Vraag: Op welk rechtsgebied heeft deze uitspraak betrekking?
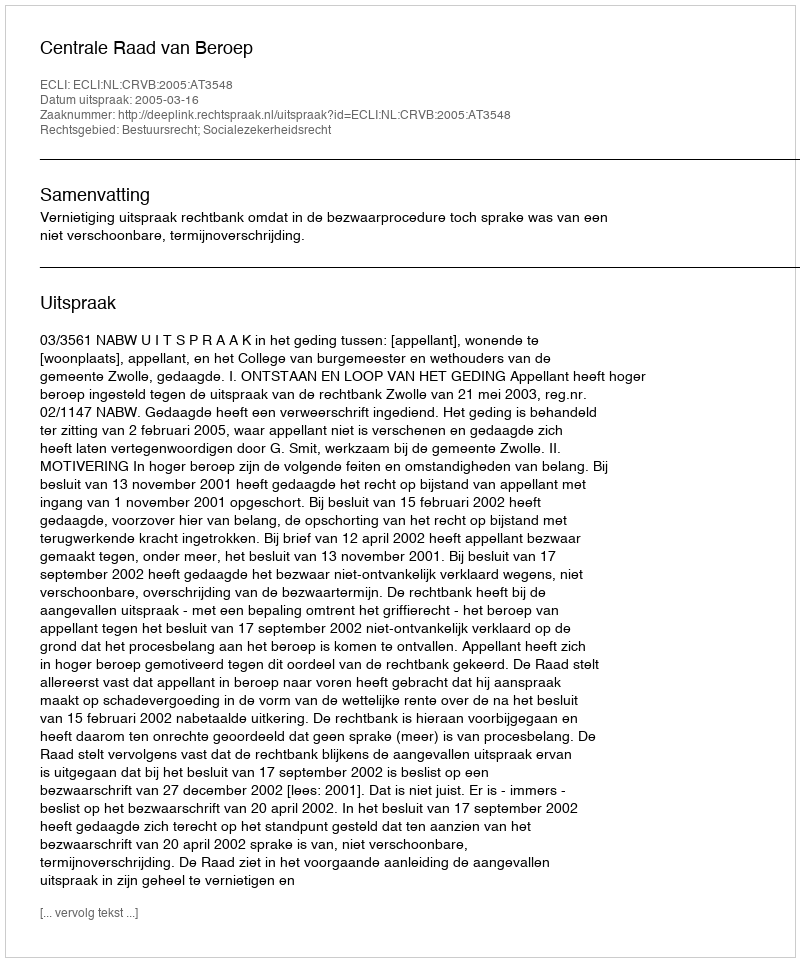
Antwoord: Bestuursrecht; Socialezekerheidsrecht